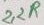
Text: 22R